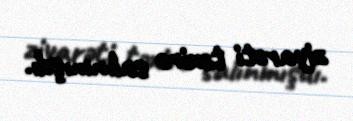
ziyarəti təxirə salınmışdı.